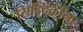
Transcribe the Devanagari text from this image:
सिद्दिकींना